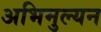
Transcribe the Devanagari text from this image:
अभिमुल्यन